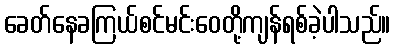
ခေတ်နေခကြယ်စင်မင်းဝေတို့ကျန်ရစ်ခဲ့ပါသည်။